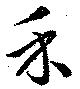
禾